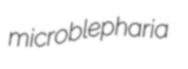
microblepharia